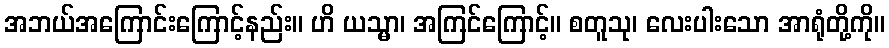
အဘယ်အကြောင်းကြောင့်နည်း။ ဟိ ယသ္မာ၊ အကြင်ကြောင့်။ စတူသု၊ လေးပါးသော အာရုံတို့ကို။